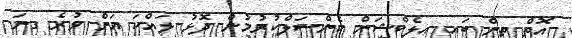
އޮތް ތިން ބައި އިލެކްޝަން ކެންސަލްކުރުމުން ދޮޅު ލައްކަ އަށް ވުރެ ގިނަ